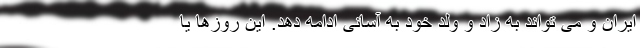
ایران و می تواند به زاد و ولد خود به آسانی ادامه دهد. این روزها یا